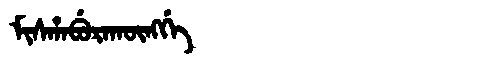
Manchu: ᠮᡳᠰᡥᠠᠪᡠᡵᠠᡴᡡᠩᡤᡝ
Romanization: MISHABURAKŪNGGE